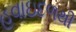
હવાઇદળથી